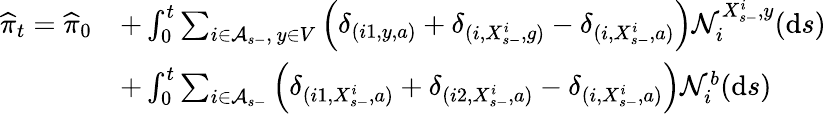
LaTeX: \begin{array}{rl}{\widehat{\pi}_{t}=\widehat{\pi}_{0}}&{+\int_{0}^{t}\sum_{i\in\mathcal A_{s-},\, y\in V}\left(\delta_{(i1,y,a)}+\delta_{(i,X_{s-}^{i},g)}-\delta_{(i,X_{s-}^{i},a)}\right)\mathcal N_{i}^{X_{s-}^{i},y}(\mathrm{d}s)}\\ &{+\int_{0}^{t}\sum_{i\in\mathcal A_{s-}}\left(\delta_{(i1,X_{s-}^{i},a)}+\delta_{(i2,X_{s-}^{i},a)}-\delta_{(i,X_{s-}^{i},a)}\right)\mathcal N_{i}^{b}(\mathrm{d}s)}\end{array}